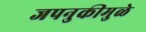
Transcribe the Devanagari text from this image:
जपनुकीमुळे